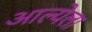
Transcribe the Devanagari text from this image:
आल्येला